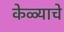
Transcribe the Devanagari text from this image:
केळ्याचे